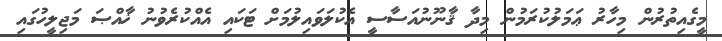
މީގެއިތުރުން މިހާރު ޢަމަލުކުރަމުން މިދާ ޤާނޫނުއަސާސީ އެކުލަވައިލުމަށް ޓަކައި އެއްކުރެވުނު ޚާއްޞަ މަޖިލީހުގައި